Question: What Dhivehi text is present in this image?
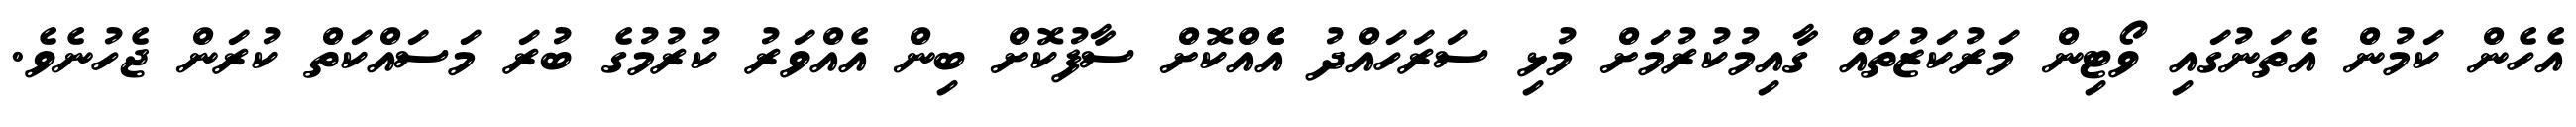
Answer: އެހެން ކަމުން އެތަނުގައި ވޯޓިން މަރުކަޒުތައް ގާއިމުކުރުމަށް މުޅި ސަރަހައްދު އެެއްކޮށް ސާފުކޮށް ބިން އެއްވަރު ކުރުމުގެ ބުރަ މަސައްކަތް ކުރަން ޖެހުނެވެ.